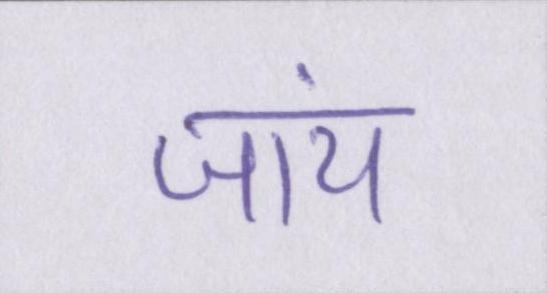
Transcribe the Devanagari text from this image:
जांय